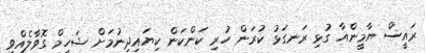
ރައީސް ޔާމީންއާ ގުޅި ރަނގަޅު ކުރަން ހުރި ކަންކަން ކިޔައިދިނުމަށް ޝަހީމް ގޮވާލެއްވި